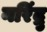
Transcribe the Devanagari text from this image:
नरिंद्रु